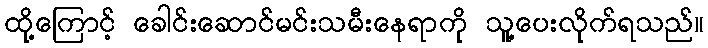
ထို့ကြောင့် ခေါင်းဆောင်မင်းသမီးနေရာကို သူ့ပေးလိုက်ရသည်။